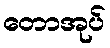
တောအုပ်